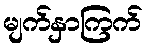
မျက်နှာကြက်